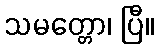
သမတ္တော၊ ပြီ။